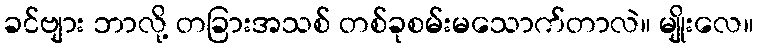
ခင်ဗျား ဘာလို့ တခြားအသစ် တစ်ခုစမ်းမသောက်တာလဲ။ မျိုးလေ။